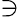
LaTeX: \ni